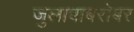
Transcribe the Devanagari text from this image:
जुलाबाबरोबर